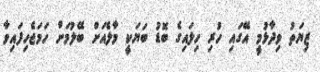
ޒިޔަތު ވިދާޅުމީ އޭގައި ހުރި ހިލައިގެ ބޮޑު ބަޔަކީ މާލެއަށް ބޭލުމަށް ހަމަޖެހިފައިވާ